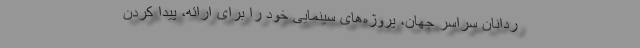
ردانان سراسر جهان، پروژه‌های سینمایی خود را برای ارائه، پیدا کردن